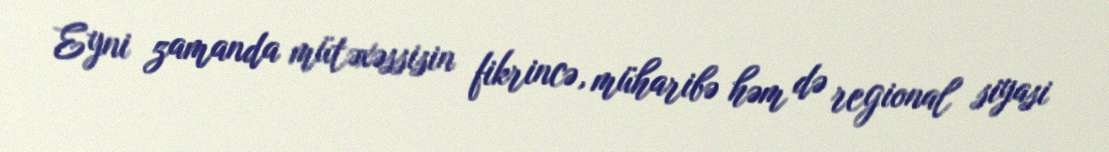
Eyni zamanda mütəxəssisin fikrincə, müharibə həm də regional siyasi